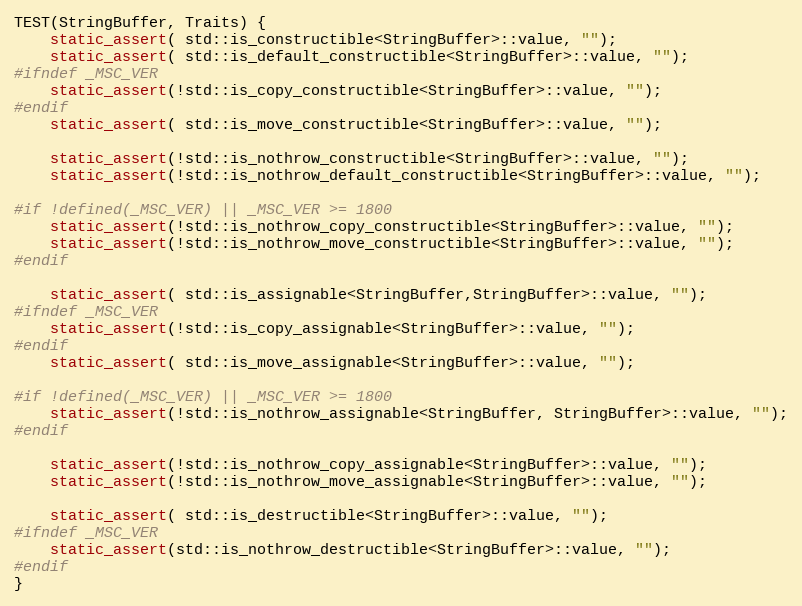
Language: C++
TEST(StringBuffer, Traits) {
    static_assert( std::is_constructible<StringBuffer>::value, "");
    static_assert( std::is_default_constructible<StringBuffer>::value, "");
#ifndef _MSC_VER
    static_assert(!std::is_copy_constructible<StringBuffer>::value, "");
#endif
    static_assert( std::is_move_constructible<StringBuffer>::value, "");

    static_assert(!std::is_nothrow_constructible<StringBuffer>::value, "");
    static_assert(!std::is_nothrow_default_constructible<StringBuffer>::value, "");

#if !defined(_MSC_VER) || _MSC_VER >= 1800
    static_assert(!std::is_nothrow_copy_constructible<StringBuffer>::value, "");
    static_assert(!std::is_nothrow_move_constructible<StringBuffer>::value, "");
#endif

    static_assert( std::is_assignable<StringBuffer,StringBuffer>::value, "");
#ifndef _MSC_VER
    static_assert(!std::is_copy_assignable<StringBuffer>::value, "");
#endif
    static_assert( std::is_move_assignable<StringBuffer>::value, "");

#if !defined(_MSC_VER) || _MSC_VER >= 1800
    static_assert(!std::is_nothrow_assignable<StringBuffer, StringBuffer>::value, "");
#endif

    static_assert(!std::is_nothrow_copy_assignable<StringBuffer>::value, "");
    static_assert(!std::is_nothrow_move_assignable<StringBuffer>::value, "");

    static_assert( std::is_destructible<StringBuffer>::value, "");
#ifndef _MSC_VER
    static_assert(std::is_nothrow_destructible<StringBuffer>::value, "");
#endif
}